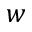
w